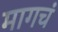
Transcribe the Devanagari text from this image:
मागचं